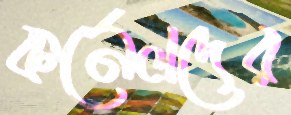
কর্নেলদের